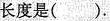
长度是().